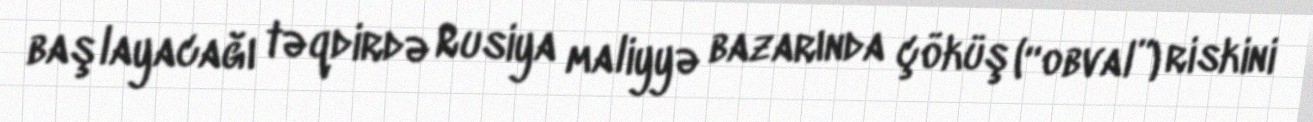
başlayacağı təqdirdə Rusiya maliyyə bazarında çöküş (“obval”) riskini